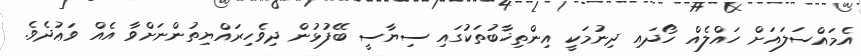
އެމައްސަލައަށް ހައްލެއް ހޯދައި ދިނުމަކީ އިންތިޚާބުތަކުގައި ސިޔާސީ ބޭފުޅުން ދިވެހިރައްޔިތުންނަށްވާ އެއް ވަޢުދެވެ.